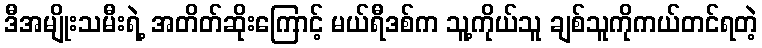
ဒီအမျိုးသမီးရဲ့ အတိတ်ဆိုးကြောင့် မယ်ရီဒစ်က သူ့ကိုယ်သူ ချစ်သူကိုကယ်တင်ရတဲ့